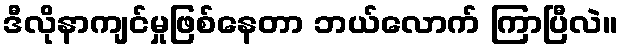
ဒီလိုနာကျင်မှုဖြစ်နေတာ ဘယ်လောက် ကြာပြီလဲ။